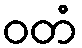
ဝတံ